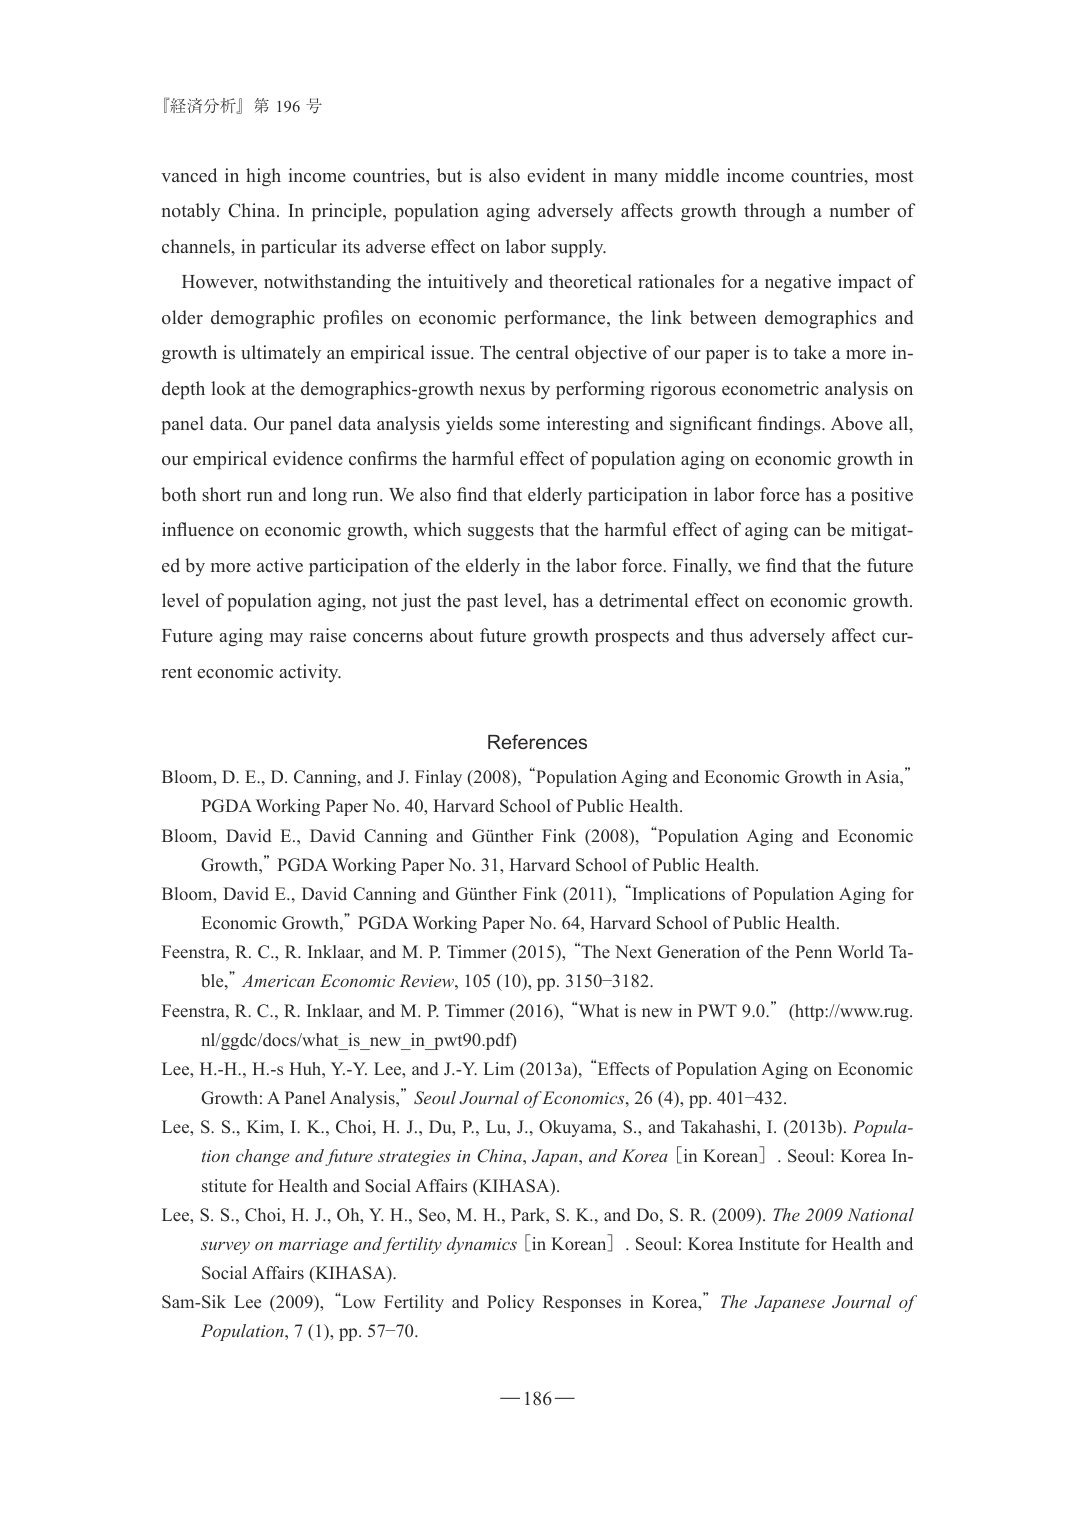
『経済分析』第 196 号

vanced in high income countries, but is also evident in many middle income countries, most notably China. In principle, population aging adversely affects growth through a number of channels, in particular its adverse effect on labor supply.

However, notwithstanding the intuitively and theoretical rationales for a negative impact of older demographic profiles on economic performance, the link between demographics and growth is ultimately an empirical issue. The central objective of our paper is to take a more in-depth look at the demographics-growth nexus by performing rigorous econometric analysis on panel data. Our panel data analysis yields some interesting and significant findings. Above all, our empirical evidence confirms the harmful effect of population aging on economic growth in both short run and long run. We also find that elderly participation in labor force has a positive influence on economic growth, which suggests that the harmful effect of aging can be mitigated by more active participation of the elderly in the labor force. Finally, we find that the future level of population aging, not just the past level, has a detrimental effect on economic growth. Future aging may raise concerns about future growth prospects and thus adversely affect current economic activity.

References

Bloom, D. E., D. Canning, and J. Finlay (2008), “Population Aging and Economic Growth in Asia,” PGDA Working Paper No. 40, Harvard School of Public Health.

Bloom, David E., David Canning and Günther Fink (2008), “Population Aging and Economic Growth,” PGDA Working Paper No. 31, Harvard School of Public Health.

Bloom, David E., David Canning and Günther Fink (2011), “Implications of Population Aging for Economic Growth,” PGDA Working Paper No. 64, Harvard School of Public Health.

Feenstra, R. C., R. Inklaar, and M. P. Timmer (2015), “The Next Generation of the Penn World Table,” American Economic Review, 105 (10), pp. 3150–3182.

Feenstra, R. C., R. Inklaar, and M. P. Timmer (2016), “What is new in PWT 9.0.” (http://www.rug.nl/ggdc/docs/what_is_new_in_pwt90.pdf)

Lee, H.-H., H.-s Huh, Y.-Y. Lee, and J.-Y. Lim (2013a), “Effects of Population Aging on Economic Growth: A Panel Analysis,” Seoul Journal of Economics, 26 (4), pp. 401–432.

Lee, S. S., Kim, I. K., Choi, H. J., Du, P., Lu, J., Okuyama, S., and Takahashi, I. (2013b). Population change and future strategies in China, Japan, and Korea [in Korean]. Seoul: Korea Institute for Health and Social Affairs (KIHASA).

Lee, S. S., Choi, H. J., Oh, Y. H., Seo, M. H., Park, S. K., and Do, S. R. (2009). The 2009 National survey on marriage and fertility dynamics [in Korean]. Seoul: Korea Institute for Health and Social Affairs (KIHASA).

Sam-Sik Lee (2009), “Low Fertility and Policy Responses in Korea,” The Japanese Journal of Population, 7 (1), pp. 57–70.

—186—